Annual report of the Prince of Wales Medical College, Patna
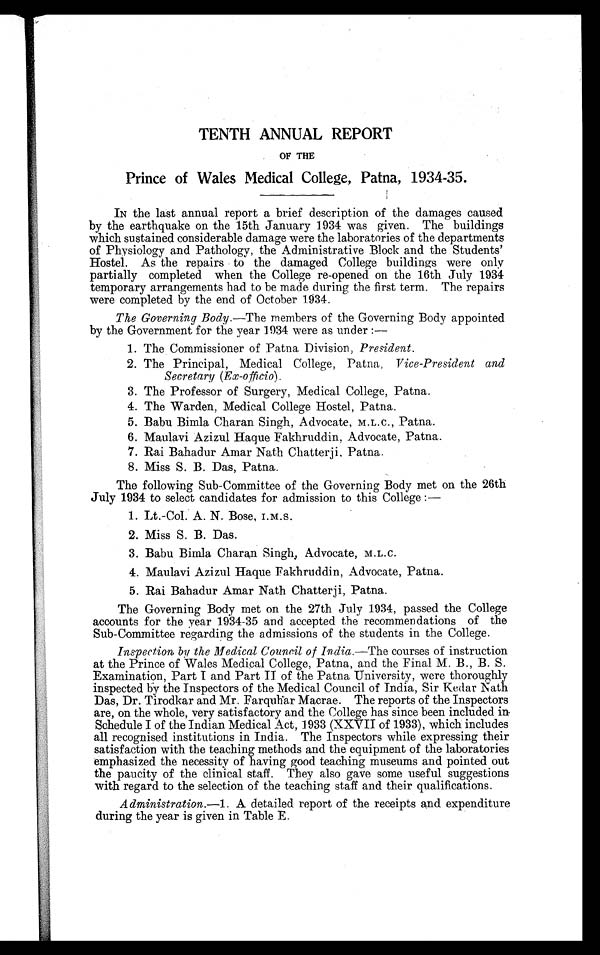
TENTH ANNUAL REPORT
OF THE
Prince of Wales Medical College, Patna, 1934-35.
IN the last annual report a brief description of the damages caused
by the earthquake on the 15th January 1934 was given. The buildings
which sustained considerable damage were the laboratories of the departments
of Physiology and Pathology, the Administrative Block and the Students'
Hostel. As the repairs to the damaged College buildings were only
partially completed when the College re-opened on the 16th July 1934
temporary arrangements had to be made during the first term. The repairs
were completed by the end of October 1.934.
The Governing Body.— The members of the Governing Body appointed
by the Government for the year 1934 were as under :
—
1. The Commissioner of Patna Division, President.
2. The Principal, Medical College, Patna, Vice-President and
Secretary (Ex-officio).
3. The Professor of Surgery, Medical College, Patna.
4. The Warden, Medical College Hostel, Patna.
5. Babu Bimla Charan Singh, Advocate, M.L.C., Patna.
6. Maulavi Azizul Haque Fakhruddin, Advocate, Patna.
7. Rai Bahadur Amar Nath Chatterji, Patna.
8. Miss S. B. Das, Patna.
The following Sub-Committee of the Governing Body met on the 26th
July 1934 to select candidates for admission to this College :
—
1. Lt.-Col. A. N. Bose, I.M.S.
2. Miss S. B. Das.
3. Babu Bimla Charan Singh, Advocate, M.L.C.
4. Maulavi Azizul Haque Fakhruddin, Advocate, Patna.
5. Rai Bahadur Amar Nath Chatterji, Patna.
The Governing Body met on the 27th July 1934, passed the College
accounts for the year 1934-35 and accepted the recommendations of the
Sub-Committee regarding the admissions of the students in the College.
Inspection by the Medical Council of India.— The courses of instruction
at the Prince of Wales Medical College, Patna, and the Final M. B., B. S.
Examination, Part I and Part II of the Patna University, were thoroughly
inspected by the Inspectors of the Medical Council of India, Sir Kedar Nath
Das, Dr. Tirodkar and Mr. Farquhar Macrae. The reports of the Inspectors
are, on the whole, very satisfactory and the College has since been included in
Schedule I of the Indian Medical Act, 1933 (XXVII of 1933), which includes
all recognised institutions in India. The Inspectors while expressing their
satisfaction with the teaching methods and the equipment of the laboratories
emphasized the necessity of having good teaching museums and pointed out
the paucity of the clinical staff. They also gave some useful suggestions
with regard to the selection of the teaching staff and their qualifications.
Administration.—1 . A detailed report of the receipts and expenditure
during the year is given in Table E.